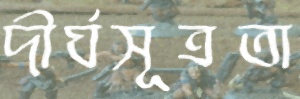
দীর্ঘসূত্রতা